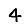
Digit: 4